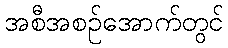
အစီအစဉ်အောက်တွင်